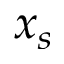
x _ { s }